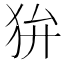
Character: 𤝏